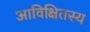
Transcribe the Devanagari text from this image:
आविक्षितस्य